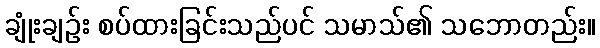
ချုံးချဉ်း စပ်ထားခြင်းသည်ပင် သမာသ်၏ သဘောတည်း။